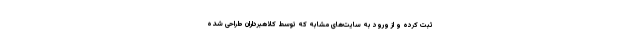
ثبت کرده و از ورود به سایت‌های مشابه که توسط کلاهبرداران طراحی شده